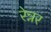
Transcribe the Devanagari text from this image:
रेन्नर